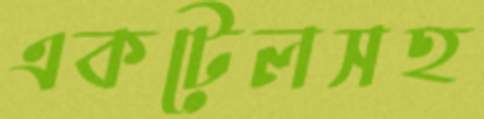
একটেলসহ